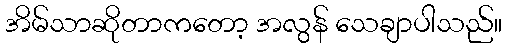
အိမ်သာဆိုတာကတော့ အလွန် သေချာပါသည်။